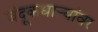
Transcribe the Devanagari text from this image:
बंदूकधार्‍यांवर